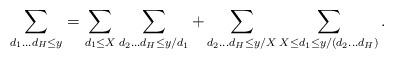
LaTeX: \begin{align*} \sum_{d_1 \dots d_H \leq y} = \sum_{d_1 \leq X} \sum_{d_2 \dots d_H \leq y/d_1} +\sum_{d_2 \dots d_H \leq y/X} \sum_{X \leq d_1 \leq y/(d_2 \dots d_H)}. \end{align*}